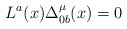
\begin{align*}L^a(x)\Delta_{0 b}^{\mu}(x)=0\\\end{align*}